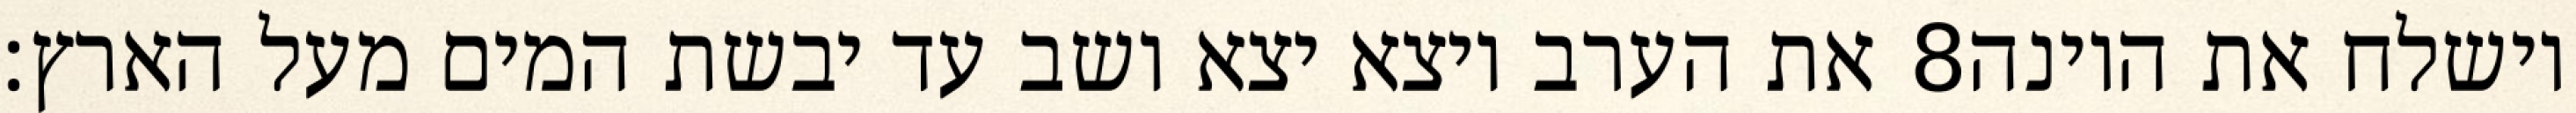
את הערב ויצא יצא ושב עד יבשת המים מעל הארץ׃ ‎8‏ וישלח את היונה